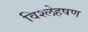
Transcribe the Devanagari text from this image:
विश्लेहषण